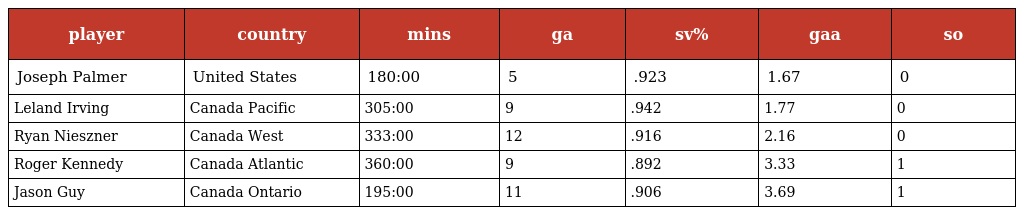
| player | country | mins | ga | sv% | gaa | so |
 | --- | --- | --- | --- | --- | --- | --- |
 | Joseph Palmer | United States | 180:00 | 5 | .923 | 1.67 | 0 |
 | Leland Irving | Canada Pacific | 305:00 | 9 | .942 | 1.77 | 0 |
 | Ryan Nieszner | Canada West | 333:00 | 12 | .916 | 2.16 | 0 |
 | Roger Kennedy | Canada Atlantic | 360:00 | 9 | .892 | 3.33 | 1 |
 | Jason Guy | Canada Ontario | 195:00 | 11 | .906 | 3.69 | 1 |